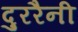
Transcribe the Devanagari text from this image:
दुररैनी